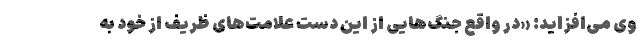
وی می‌افزاید: «در واقع جنگ‌هایی از این دست علامت‌های ظریف از خود به